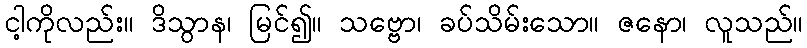
ငါ့ကိုလည်း။ ဒိသွာန၊ မြင်၍။ သဗ္ဗော၊ ခပ်သိမ်းသော။ ဇနော၊ လူသည်။